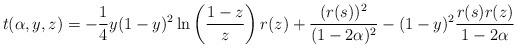
\begin{align*}t(\alpha,y,z)=-\frac{1}{4}y(1-y)^2\ln \left(\frac{1-z}{z}\right)r(z)+\frac{(r(s))^2}{(1-2\alpha)^2}-(1-y)^2\frac{r(s)r(z)}{1-2\alpha}\end{align*}